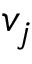
v _ { j }